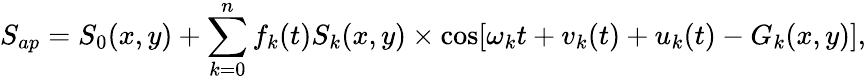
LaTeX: S_{ap}=S_{0}(x,y)+\sum_{k=0}^{n}f_{k}(t)S_{k}(x,y)\times\cos[\omega_{k}t+{v}_{k}(t)+u_{k}(t)-G_{k}(x,y)],